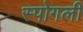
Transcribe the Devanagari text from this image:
स्पोगली